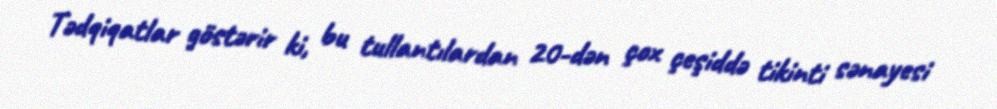
Tədqiqatlar göstərir ki, bu tullantılardan 20-dən çox çeşiddə tikinti sənayesi